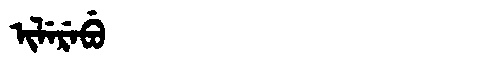
Manchu: ᡳᠯᡝᡵᡝᠪᡠ
Romanization: ILEREBU